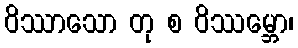
ဝိဿာသော တု စ ဝိဿမ္ဘော၊